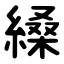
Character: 縔